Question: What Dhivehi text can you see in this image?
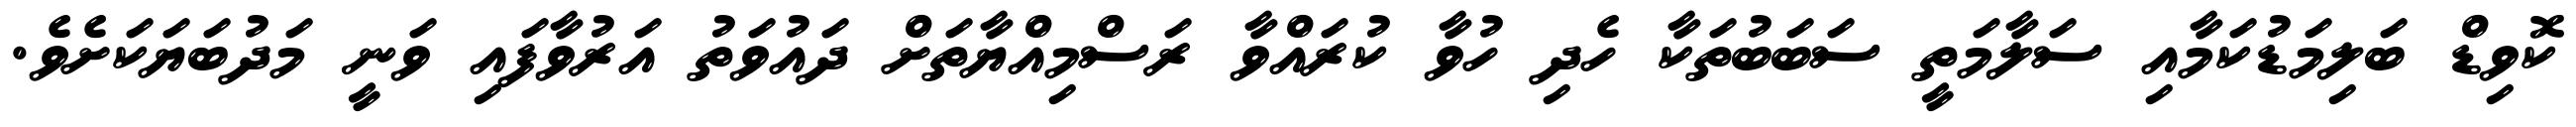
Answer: ކޮވިޑް ބަލިމަޑުކަމާއި ސަލާމަތީ ސަބަބުތަކާ ހެދި ހުވާ ކުރައްވާ ރަސްމިއްޔާތަށް ދައުވަތު އަރުވާފައި ވަނީ މަދުބަޔަކަށެވެ.